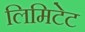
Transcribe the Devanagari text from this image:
लिमिटेट